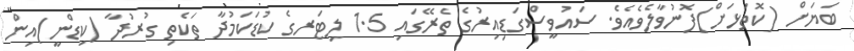
ބަޔަށް (ކޮތަޅަށް)ފޮނުވާލެވެއެވެ. ސައުވީސްގަޑިއިރުގެ ތެރޭގައި 1.5 ލިޓަރގެ ކުޑަކަމުދާ ތަކެތި ގުރުދާ (ކިޑްނީ)އިން